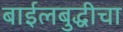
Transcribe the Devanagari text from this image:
बाईलबुद्धीचा